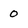
Character: 0